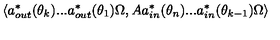
\left\langle a _ { o u t } ^ { \ast } ( \theta _ { k } ) . . . a _ { o u t } ^ { \ast } ( \theta _ { 1 } ) \Omega , A a _ { i n } ^ { \ast } ( \theta _ { n } ) . . . a _ { i n } ^ { \ast } ( \theta _ { k - 1 } ) \Omega \right\rangle